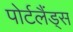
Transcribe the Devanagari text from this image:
पोर्टलैंड्स